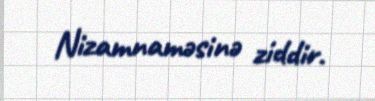
Nizamnaməsinə ziddir.